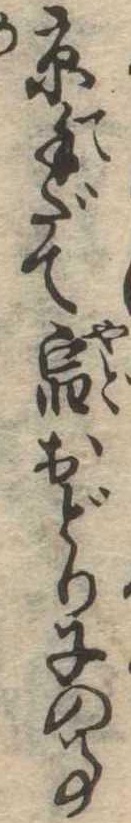
京手だて宿おどり子の事